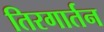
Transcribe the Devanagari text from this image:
तिरगार्तन